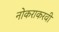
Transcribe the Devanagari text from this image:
नोकराकरवी